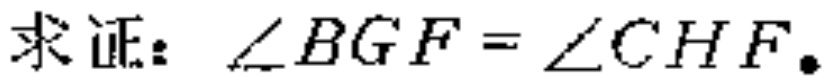
求证：\(\angle BGF = \angle CHF\)。